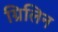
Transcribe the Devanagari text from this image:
ग्रिलिन